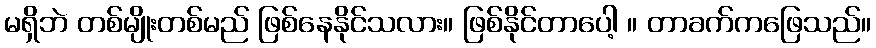
မရှိဘဲ တစ်မျိုးတစ်မည် ဖြစ်နေနိုင်သလား။ ဖြစ်နိုင်တာပေါ့ ။ တာခက်ကဖြေသည်။